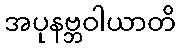
အပုနဗ္ဘဝါယာတိ